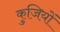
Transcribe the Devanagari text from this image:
कुजियों